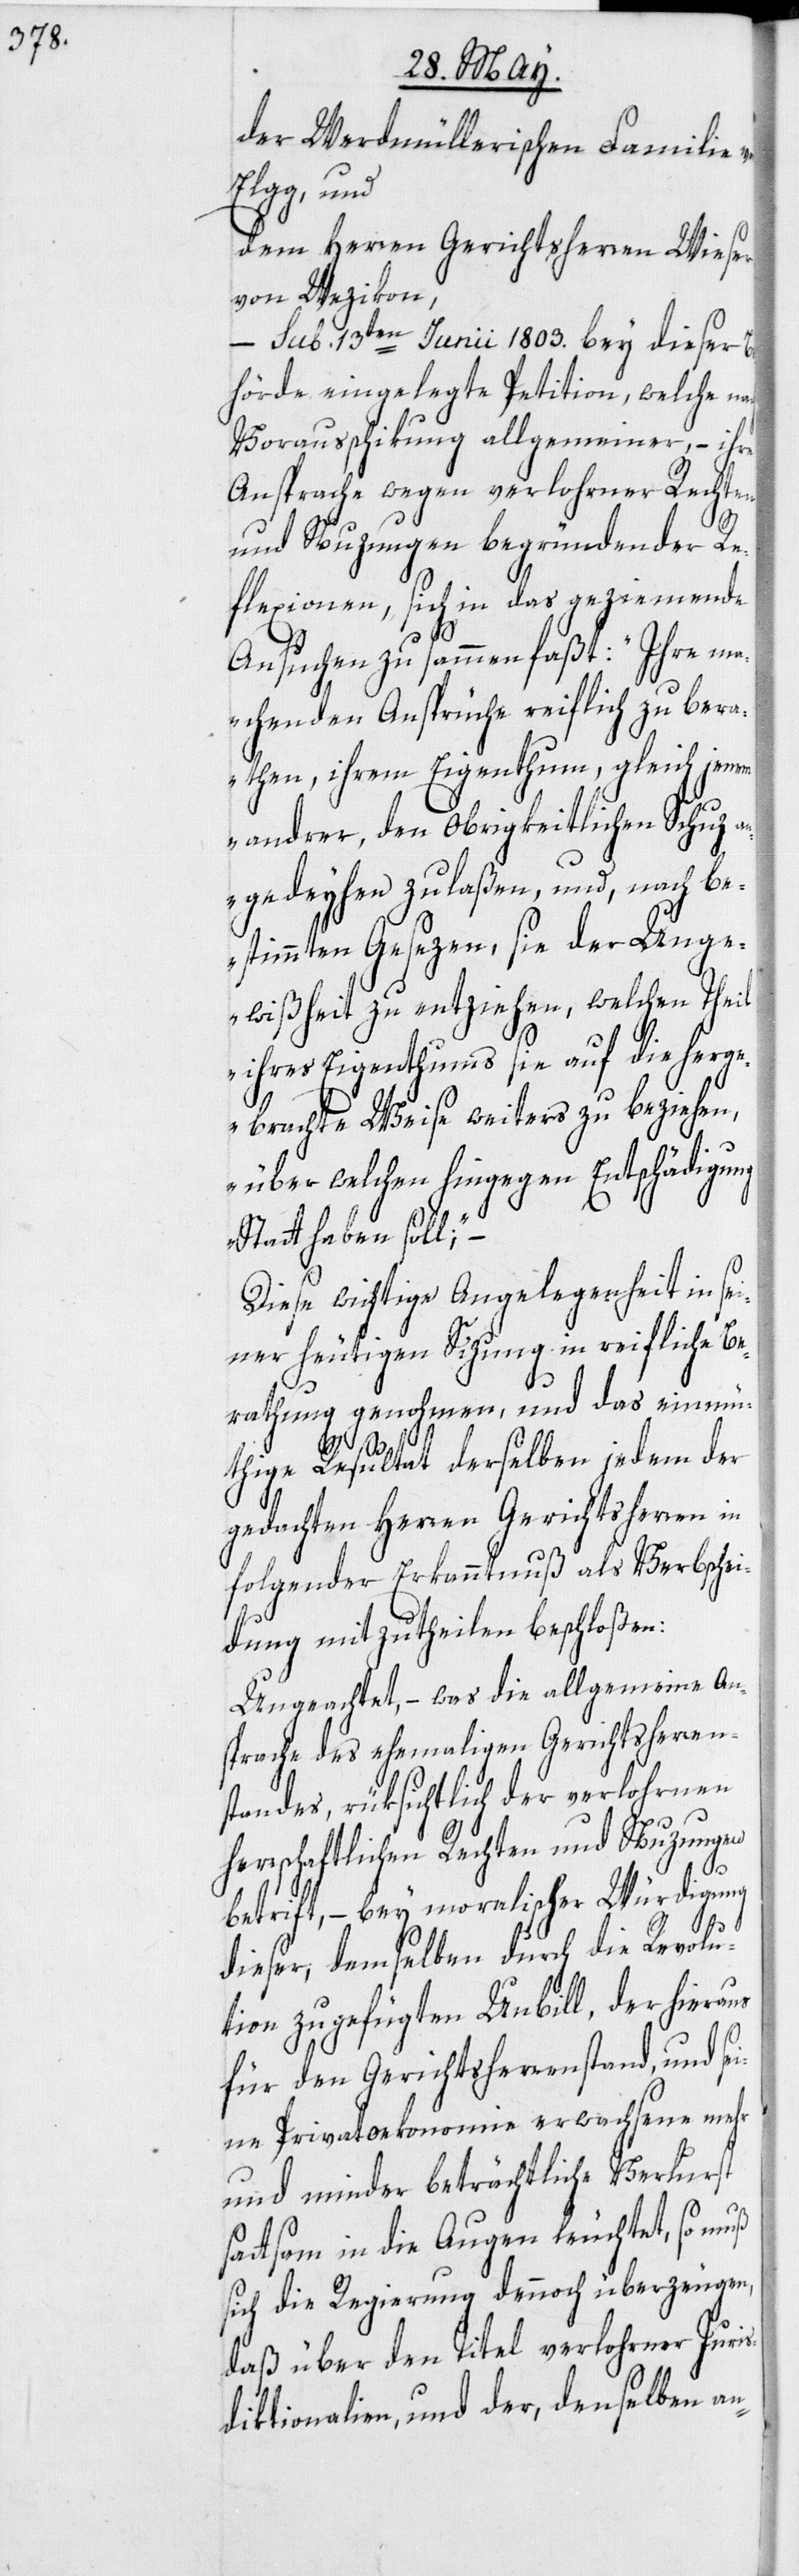
der Werdmüllerischen Familie
Elgg, und
dem Herren Gerichtsherren Wieser
von Wezikon,
–
sub 13ten Junii 1803. bey dieser Be¬
hörde eingelegte Petition, welche nach
Vorausschikung allgemeiner, – ihre
Ansprache wegen verlohrner Rechten
und Nuzungen begründender Re¬
flexionen, sich in das geziemende
Ansuchen zusammenfaßt: „Ihre ma¬
chenden Ansprüche reiflich zu bera¬
then, ihrem Eigenthum, gleich jenem
andrer, den obrigkeitlichen Schuz a¬
ngedeyhen zu laßen, und, nach be¬
stimmten Gesezen, sie der Unge¬
wißheit zu entziehen, welchen Theil
ihres Eigenthums sie auf die herge¬
brachte Weise weiters zu beziehen,
über welchen hingegen Entschädigung
Statt haben soll;“ –
Diese wichtige Angelegenheit in sei¬
ner heutigen Sizung in reifliche Be¬
rathung genohmen, und das einmü¬
thige Resultat derselben jedem der
gedachten Herren Gerichtsherren in
folgender Erkanntnuß als Verbschei¬
dung mitzutheilen beschloßen:
Ungeachtet, – was die allgemeine An¬
sprache des ehemaligen Gerichtsherren¬
standes, rüksichtlich der verlohrnen
herrschaftlichen Rechten und Nuzungen
betrift, – bey moralischer Würdigung
dieser, demselben durch die Revolu¬
tion zugefügten Unbill, der hieraus
für den Gerichtsherrenstand, und se¬
ine Privatoekonomie erwachsene mehr
und minder beträchtliche Verlurst
sattsam in die Augen leuchtet, so muß
sich die Regierung dennoch überzeugen,
daß über den Titel verlohrner Juris¬
diktionalien, und der, denselben an-